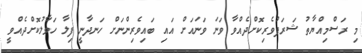
މި ރަސްމިއްޔާތު ޝަރަފުވެރިކޮށްދެއްވާ ވަނަ ވަނައަށް އައި ބައިވެރިންނަށް ހަނދާނީ ފިލާ ހަވާލުކޮށްދެއްވީ